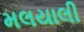
મલયાલી